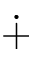
\dotplus